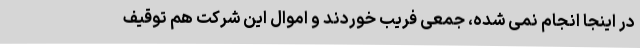
در اینجا انجام نمی شده، جمعی فریب خوردند و اموال این شرکت هم توقیف